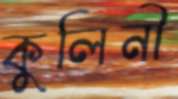
কুলিনী